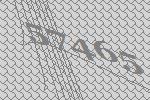
57465